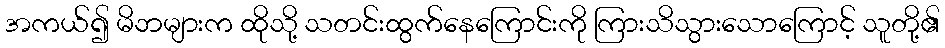
အကယ်၍ မိဘများက ထိုသို့ သတင်းထွက်နေကြောင်းကို ကြားသိသွားသောကြောင့် သူတို့၏